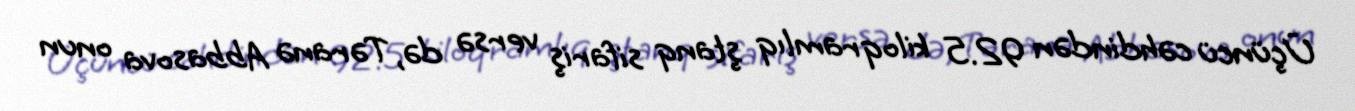
Üçüncü cəhdindən 92.5 kiloqramlıq ştanq sifariş versə də, Təranə Abbasova onun